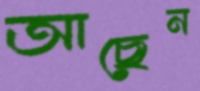
আছেন